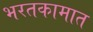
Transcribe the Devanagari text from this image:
भरतकामात